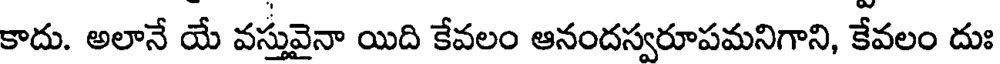
కాదు. అలానే యే వస్తువైనా యిది కేవలం ఆనందస్వరూపమనిగాని, కేవలం దుః